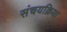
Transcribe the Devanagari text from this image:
संचयक्रिया